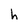
Character: h